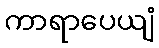
ကာရာပေယျံ